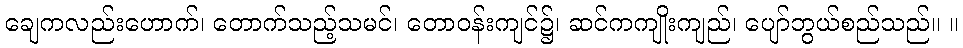
ချေကလည်းဟောက်၊ တောက်သည့်သမင်၊ တောဝန်းကျင်၌၊ ဆင်ကကျိုးကျည်၊ ပျော်ဘွယ်စည်သည်။ ။